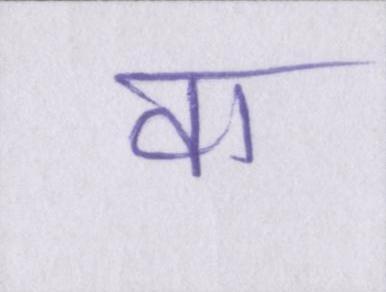
वा